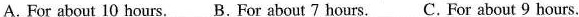
A.For about 10 hours. B.For about 7 hours. C.For about 9 hours.